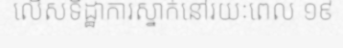
លើសទិដ្ឋាការស្នាក់នៅរយៈពេល ១៩